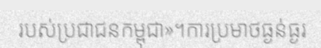
របស់ប្រជាជនកម្ពុជា»។ការប្រមាថធ្ងន់ធ្ងរ